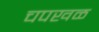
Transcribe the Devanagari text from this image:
चपखळ